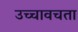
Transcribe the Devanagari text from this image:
उच्चावचता